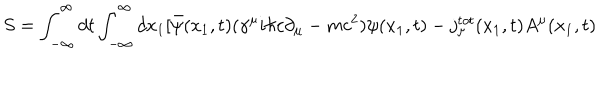
LaTeX: S = \int _ { - \infty } ^ { \infty } d t \int _ { - \infty } ^ { \infty } d x _ { 1 } [ \bar { \psi } ( x _ { 1 } , t ) ( { \gamma } ^ { \mu } i { \hbar } c { \partial } _ { \mu } - m c ^ { 2 } ) { \psi } ( x _ { 1 } , t ) - j _ { \mu } ^ { t o t } ( x _ { 1 } , t ) A ^ { \mu } ( x _ { 1 } , t )